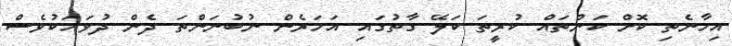
އިހާނެތި ކޮށް ކަންތައް ކުރީތަ ކަލޭ ގާތުގައި އަހަރެން ނުބުނަންތަ ދެން ދުވަހަކުވެސް